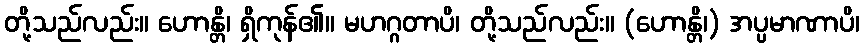
တို့သည်လည်း။ ဟောန္တိ၊ ရှိကုန်၏။ မဟဂ္ဂတာပိ၊ တို့သည်လည်း။ (ဟောန္တိ၊) အပ္ပမာဏာပိ၊